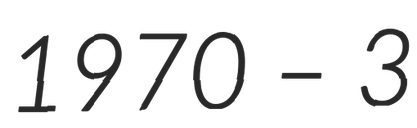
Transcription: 1970 – 3